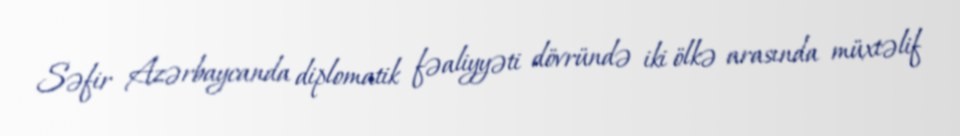
Səfir Azərbaycanda diplomatik fəaliyyəti dövründə iki ölkə arasında müxtəlif